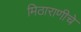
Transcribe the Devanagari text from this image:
मिठाराणीचे